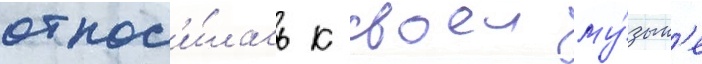
относ'и́лась к своеи му́зык'е